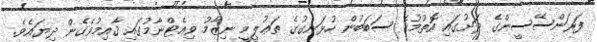
ފަރަންސޭސީންގެ ދަށުގައި އޮތުމުގެ ސަބަބުން ހުޅަނގުގެ ތަޢުލީމީ ނިޒާމު ވިއެޓްނާމުގައި ޤާއިމުވެގެން ދިޔައެވެ.